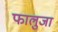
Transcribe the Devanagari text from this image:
फालुजा